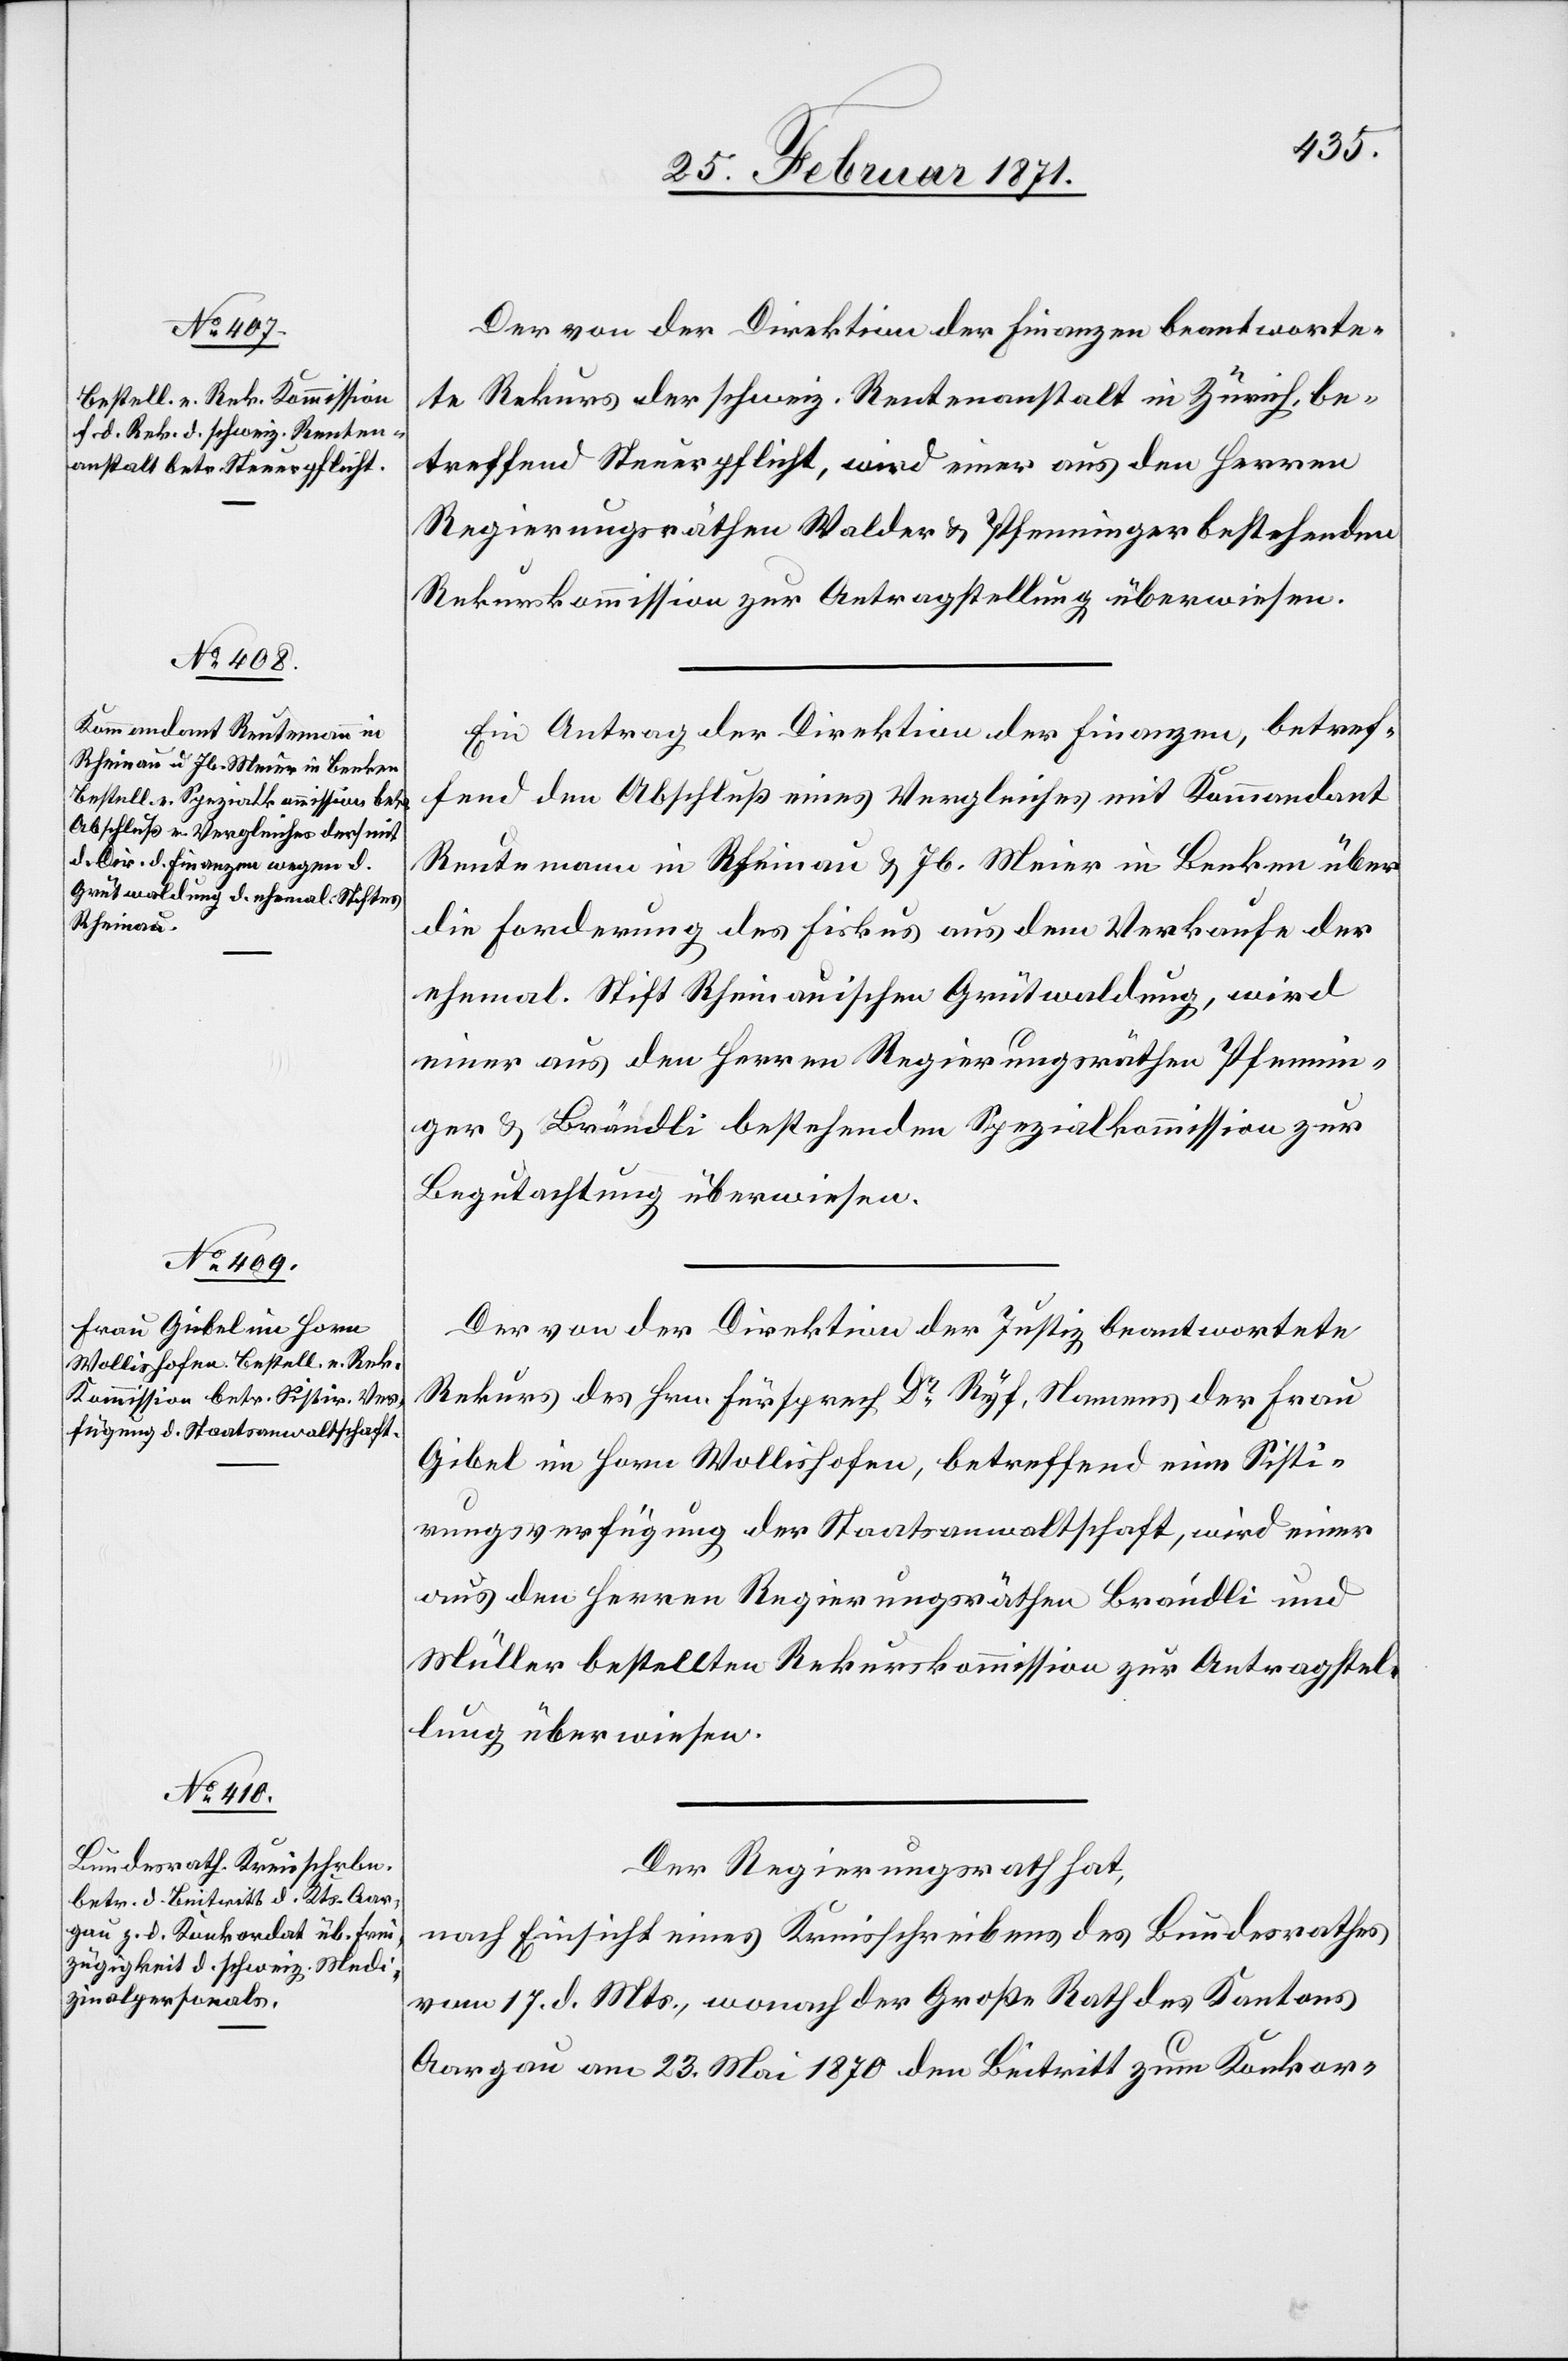
Der von der Direktion der Finanzen beantworte¬
te Rekurs der schweiz. Rentenanstalt in Zürich, be¬
treffend Steuerpflicht, wird einer aus den Herren
Regierungsräthen Walder u. Pfenninger bestehenden
Rekurskommission zur Antragstellung überwiesen.
Ein Antrag der Direktion der Finanzen, betref¬
fend dem Abschluß eines Vergleiches mit Kommandant
Reutemann in Rheinau u. Jb. Meier in Benken über
die Forderung des Fiskus aus dem Verkaufe der
ehemal. Stift Rheinauischen Grütwaldung, wird
einer aus den Herren Regierungsräthen Pfennin¬
ger u. Brändli bestehenden Spezialkommission zur
Begutachtung überwiesen.
Der von der Direktion der Justiz beantwortete
Rekurs des Hrn. Fürsprech Dr. Ryf, Namens der Frau
Gibel im Horn Wollishofen, betreffend eine Sisti¬
rungsverfügung der Staatsanwaltschaft, wird einer
aus den Herren Regierungsräthen Brändli und
Müller bestellten Rekurskommission zur Antragstel¬
lung überwiesen.
Der Regierungsrath hat,
nach Einsicht eines Kreisschreiben des Bundesrathes
vom 17. d. Mts., wonach der Große Rath des Kantons
Aargau am 23. Mai 1870 den Beitritt zum Konkor-